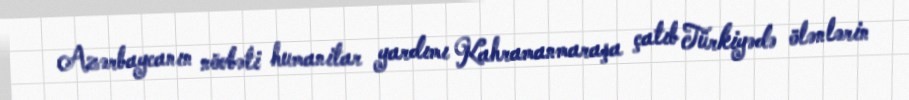
Azərbaycanın növbəti humanitar yardımı Kahramanmaraşa çatıb Türkiyədə ölənlərin